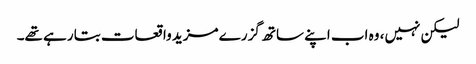
لیکن نہیں، وہ اب اپنے ساتھ گزرے مزید واقعات بتا رہے تھے۔